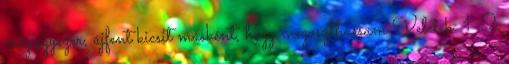
még egyszer, újfent kicsit másként, hogy megoszthassam Veletek. 1 2